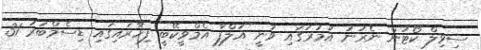
ސިވިލް ކޯޓުން ނެރުނު އަމުރުގައި ވަނީ އަލްފާ އެމްވީކޭބީ ފިހާރައިގައި ޑިސެމްބަރު 31